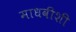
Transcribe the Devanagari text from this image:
माधवीशी